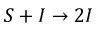
S + I \stackrel { } { \rightarrow } 2 I